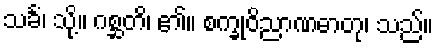
သင်္ခံ၊ သို့။ ဂစ္ဆတိ၊ ၏။ စက္ခုဝိညာဏဓာတု၊ သည်။